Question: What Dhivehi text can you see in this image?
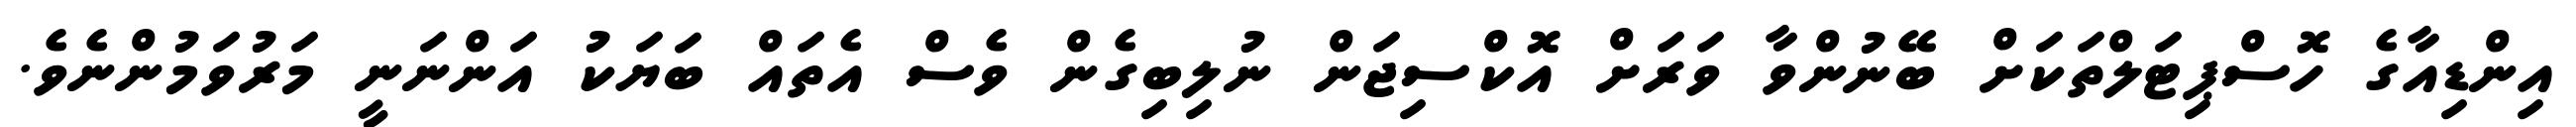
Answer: އިންޑިއާގެ ހޮސްޕިޓަލްތަކަށް ބޭނުންވާ ވަރަށް އޮކްސިޖަން ނުލިބިގެން ވެސް އެތައް ބަޔަކު އަންނަނީ މަރުވަމުންނެވެ.